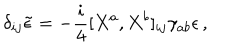
\delta _ { i j } \tilde { \epsilon } = - { \frac { i } { 4 } } \lbrack X ^ { a } , X ^ { b } \rbrack _ { i j } \gamma _ { a b } \epsilon \, ,